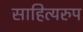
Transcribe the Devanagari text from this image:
साहित्यरुप